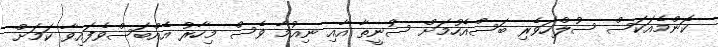
ކޮންމެއަކަސް ސުލްހަވެރި ބަސްއެހުމަށް ސުނީތާ އާއި ނިއުމާ ވެސް މިހާރު އެއްބަސްވެފައިވާ ކަމަށް